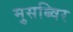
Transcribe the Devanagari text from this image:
मुसब्विर